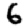
Digit: 6